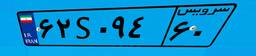
۶۲S۰۹۴۶۰